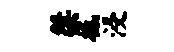
桀柢浸